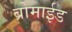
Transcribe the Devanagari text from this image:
ब्रोमाईड